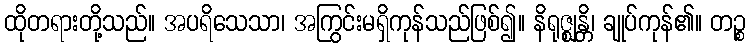
ထိုတရားတို့သည်။ အပရိသေသာ၊ အကြွင်းမရှိကုန်သည်ဖြစ်၍။ နိရုဇ္ဈန္တိ၊ ချုပ်ကုန်၏။ တဉ္စ